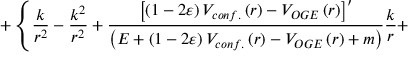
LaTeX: + \left\{ \frac { k } { r ^ { 2 } } - \frac { k ^ { 2 } } { r ^ { 2 } } + \frac { \left[ \left( 1 - 2 \varepsilon \right) V _ { c o n f . } \left( r \right) - V _ { O G E } \left( r \right) \right] ^ { \prime } } { \left( E + \left( 1 - 2 \varepsilon \right) V _ { c o n f . } \left( r \right) - V _ { O G E } \left( r \right) + m \right) } \frac { k } { r } + \right.